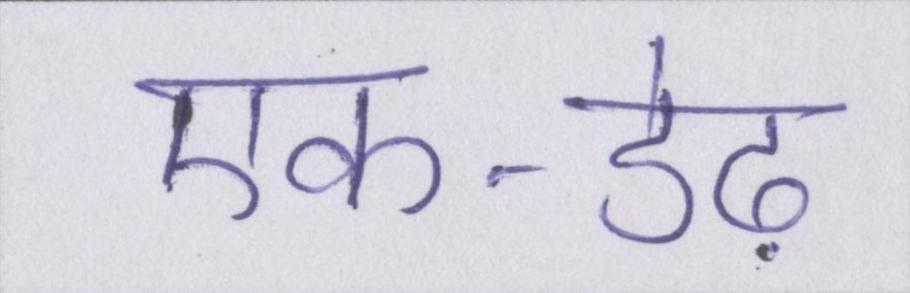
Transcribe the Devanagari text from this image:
एक-डेढ़